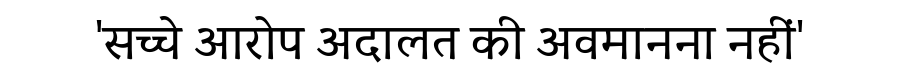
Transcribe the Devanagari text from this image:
'सच्चे आरोप अदालत की अवमानना नहीं'